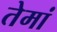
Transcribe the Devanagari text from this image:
तेमां